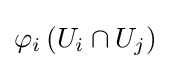
\varphi _{i}\left(U_{i}\cap U_{j}\right)